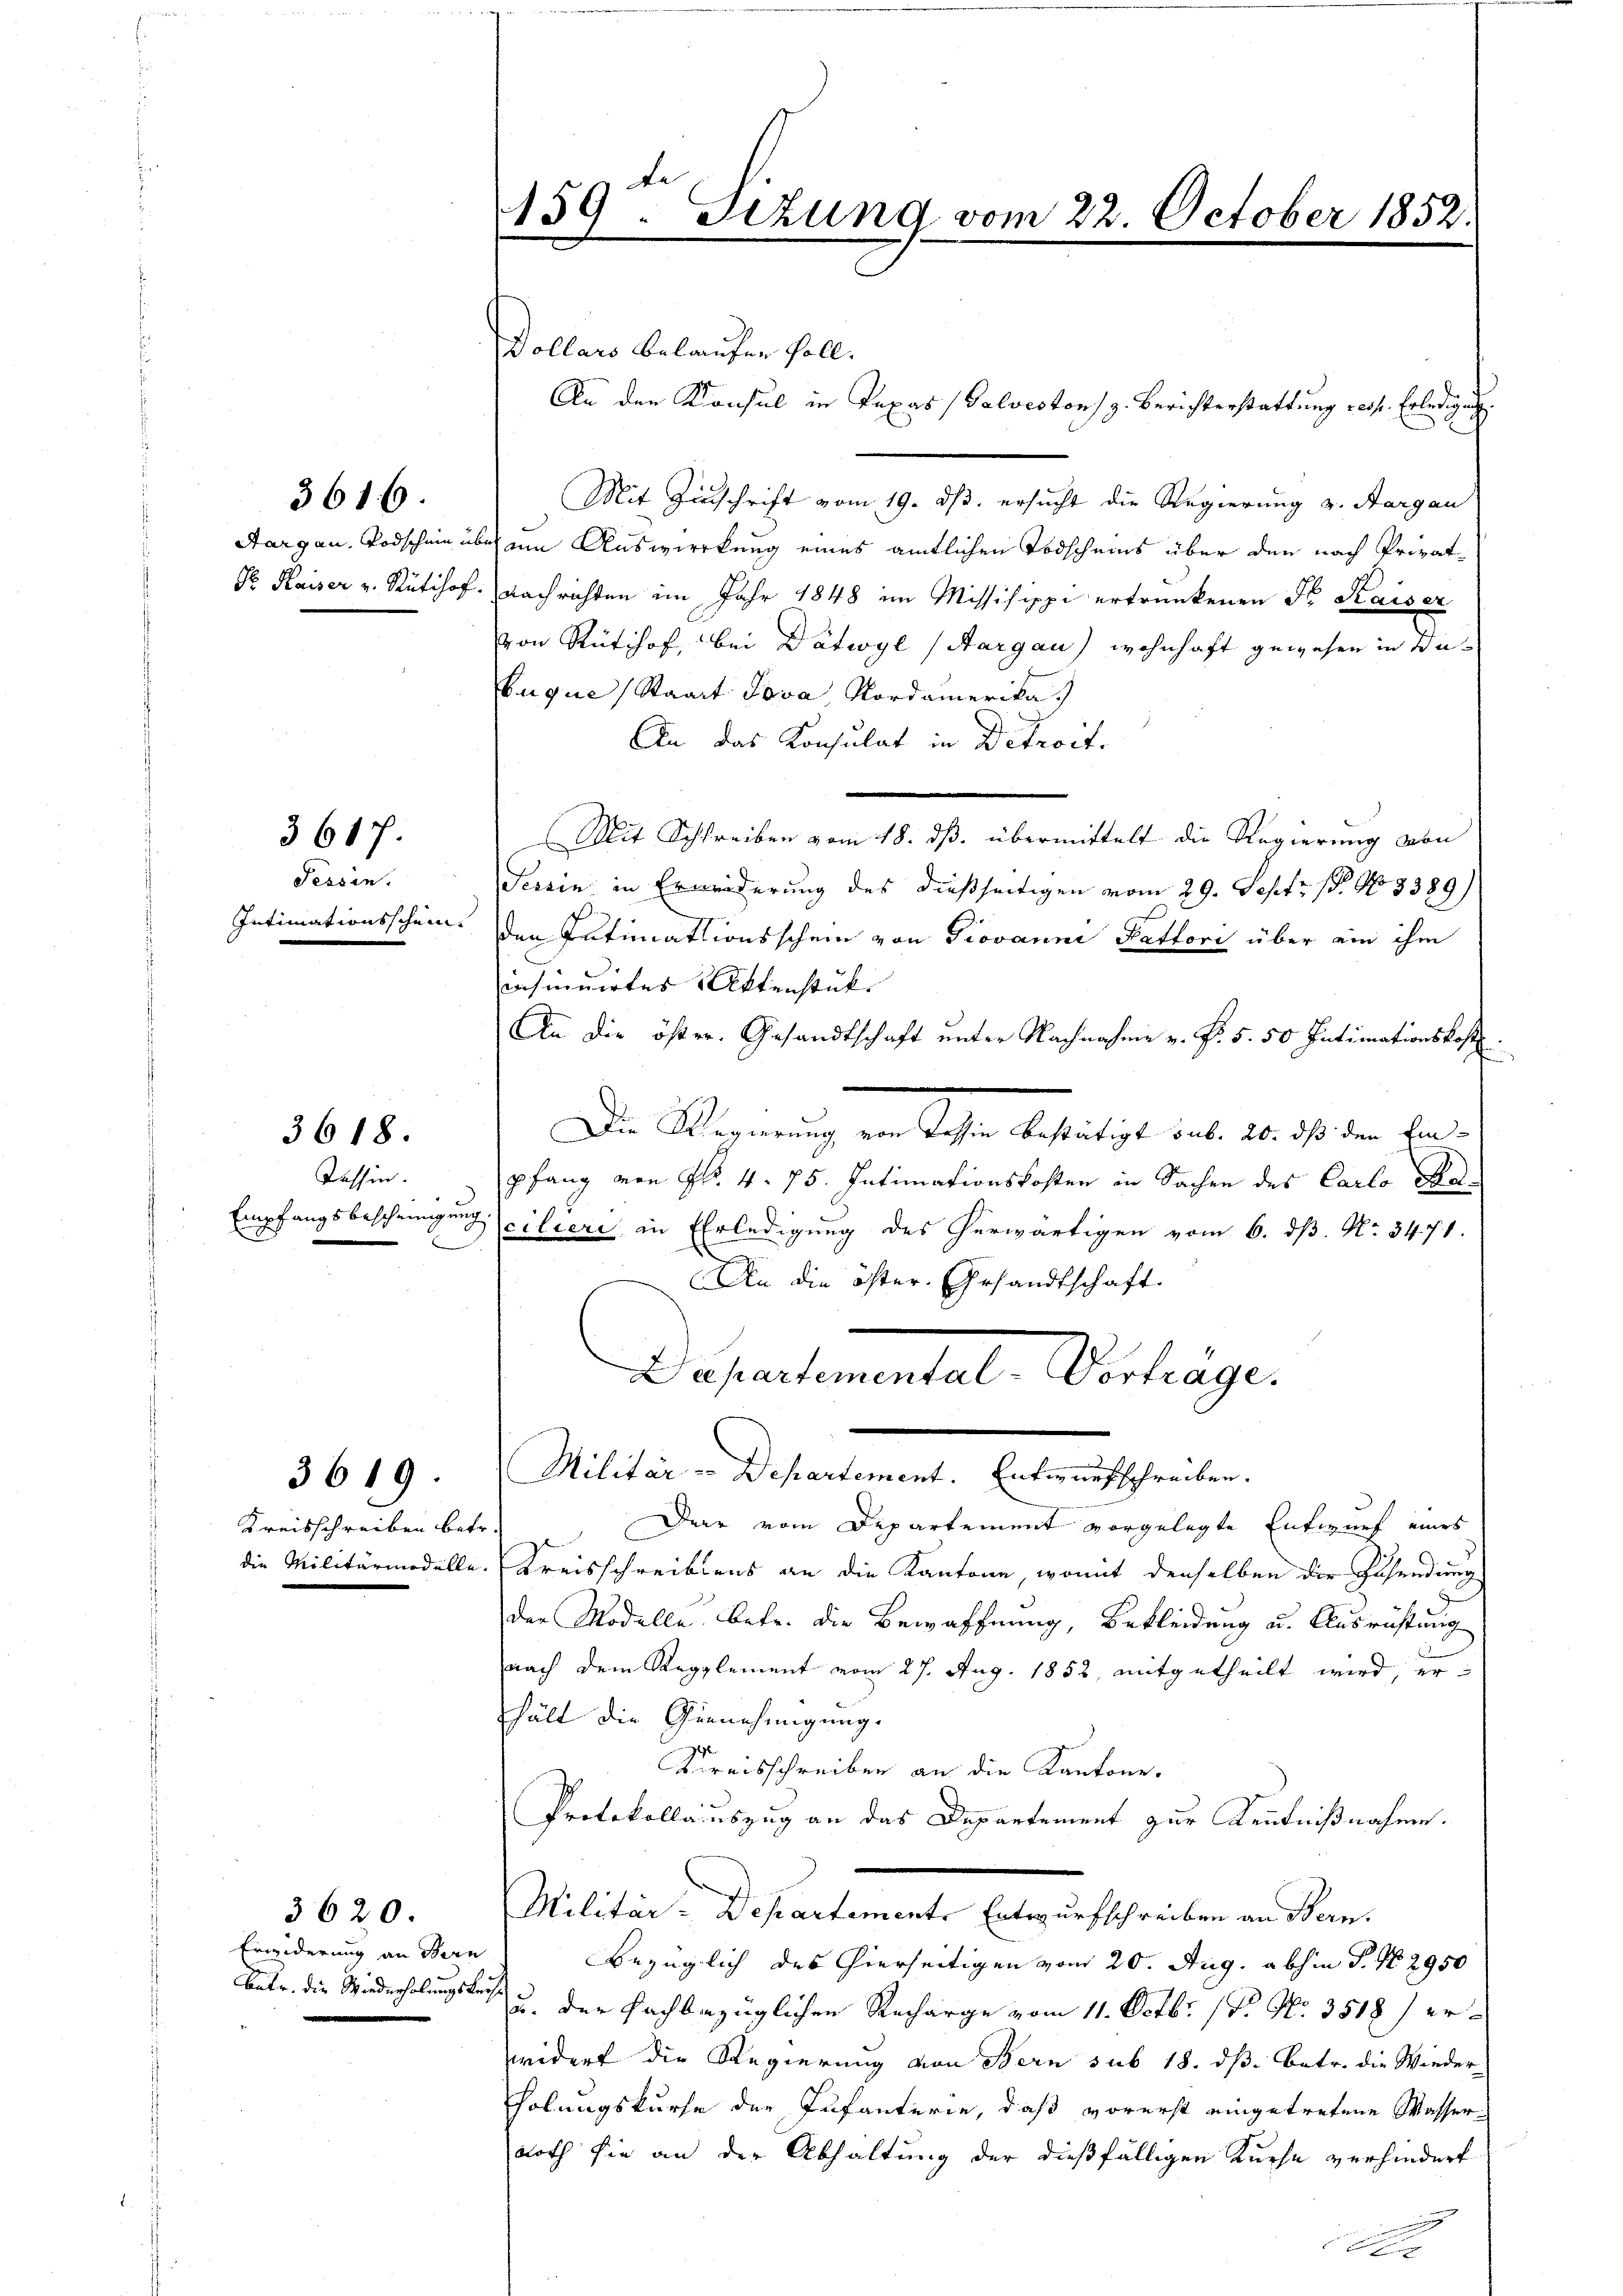
Aargau, Todschein übe
N. Kaiser v. Rütihof.

3616.

3617.

Tessin.
Intimationsschein

3618.

Tessin.
Empfangsbescheinigung

3619.
die Militärmodelle.

3620.
Erinderung an Bern

Dollars belaufer foll.
3
Mit Zinschrift vom 19. ds. ersucht die Regierung v. Aargau
 am Auswirkung eines amtlichen Todscheins über den nach Privat-
Nachrichten im Jahr 1848 im Missisippe ertrunkenen Fr. Kaiser
von Rütihof, bei Dätwyl (Aargau) wohnhaft gewesen in Debuque, Staat Tova, Nordamerika.
An das Konsulat in Detacit.
Mit Schreiben vom 18. dß. übermittelt die Regierung von
Tessin in Erwerderung des dießseitigen vom 29. Sept: 1. No 8389)
den Putimationsschein von Giovanni Fattori über ein ihm
insinuirtes Aktenstück |
An die öster. Gesandtschaft unter Nachnahme v. Pr. 5. 50 Intimationskost
ciliere in Erledigung des herwärtigen vom 6. dß. No 3471.
)
An die öfter. Gesandtschaft
Departementel, Verhage
Militär - Departement. Enter ausschreiben.
Kreisschreiben betr. Dar vom Departement vorgelegte Entwurf eines
Kreisschreibens an die Kantone, womit denselben die Zusendung
der Modelle betr. die Bewaffnung, Bekleidung u. Ausrichtung
nach dem Ragglement vom 27. Aug. 1852, mitgetheilt wird, erhält die Gernehmigung.
Kreisschreiben an die Kantone.
Protokollauszug an das Departement zur Kenntnißnahme.
Militär-Departemente Entwurfschreiben an Bern.
Bezüglich des hierseitigen vom 20. Aug. abhin P. Nr. 2950
betr. die Wiederholungsrecht u. der Fachbezüglichen Recharge vom 11. Octbr. 17. No. 3518) erwidert die Regierung von Bern sub 18. ds. betr. die Wieder
holungskurse der Infanterie, daß vorerst eingetretene Wasser-
noth sie an der Abhaltung der dießfälligen Kuche verhindert

159. Sizung vom 22. October 1852.

An den Konsul in Texas (Valveston, z. Berichterstattung rech. Erledigung.

Die Wismenung in Sohne bestätiget hat. 20. 10. in der
pfang von Flo. 4. 75. Intimationskosten in Sachen des Carlo Ma¬